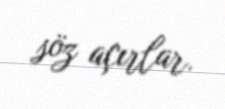
söz açırlar.